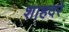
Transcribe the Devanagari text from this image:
शाहदरे